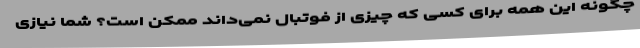
چگونه این همه برای کسی که چیزی از فوتبال نمی‌داند ممکن است؟ شما نیازی